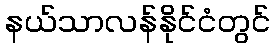
နယ်သာလန်နိုင်ငံတွင်